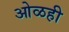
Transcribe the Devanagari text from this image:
ओळही